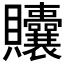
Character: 𬥲